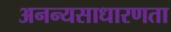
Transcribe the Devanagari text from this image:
अनन्यसाधारणता